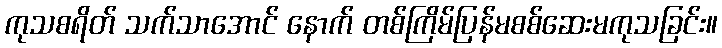
ကုသစရိတ် သက်သာအောင် နောက် တစ်ကြိမ်ပြန်မစစ်ဆေးမကုသခြင်း။